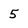
Character: 5